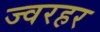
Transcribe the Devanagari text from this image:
ज्वरहर